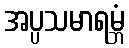
အပ္ပသမာရမ္ဘံ